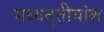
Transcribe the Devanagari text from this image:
मध्यतृतीयांश